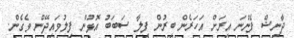
ދާނިޝް ފެންނަ އިރަށް އަހަރެން ބިރުން ފިލާ ސަބަބު އޮޅުން ފިލުވައިދޭން ވެގެން.